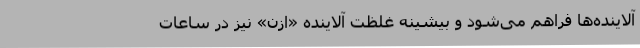
آلاینده‌ها فراهم می‌شود و بیشینه غلظت آلاینده «ازن» نیز در ساعات